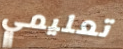
تعليمي